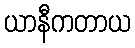
ယာနီကတာယ